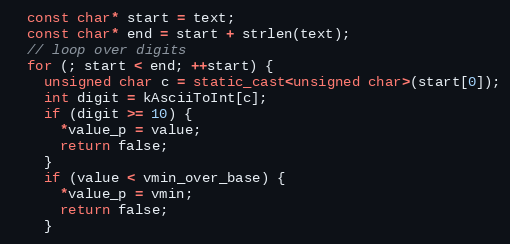
Language: C++
  const char* start = text;
  const char* end = start + strlen(text);
  // loop over digits
  for (; start < end; ++start) {
    unsigned char c = static_cast<unsigned char>(start[0]);
    int digit = kAsciiToInt[c];
    if (digit >= 10) {
      *value_p = value;
      return false;
    }
    if (value < vmin_over_base) {
      *value_p = vmin;
      return false;
    }